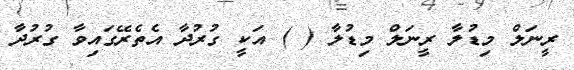
ރީނަލް މިޑުލާ ރީނަލް މިޑުލާ ( ) އަކީ ގުރުދާ އެތެރޭގައިވާ ގުރުދާ